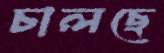
চালছে